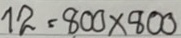
12 = 800 x 800